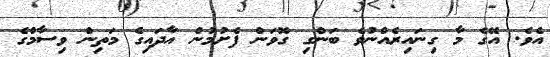
އެވެ. އޭގެ މާ ގިނައިރެއްނުވެ ބަންގި ގޮވަން ފެށުމުން އާދައިގެ މަތިން ވިސާމްގެ